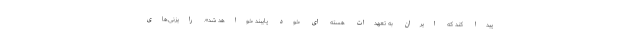
پیدا کند که ایران به تعهدات هسته ای خود پایبند خواهد شد». رایزنی‌های